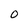
Character: O